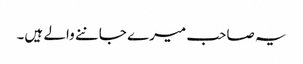
یہ صاحب میرے جاننے والے ہیں۔